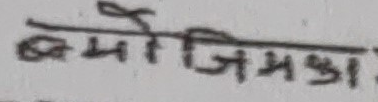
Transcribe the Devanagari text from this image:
वमोजिमका